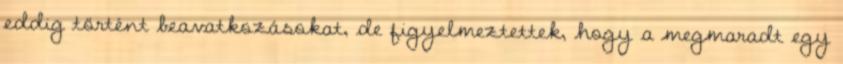
eddig történt beavatkozásokat, de figyelmeztettek, hogy a megmaradt egy